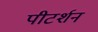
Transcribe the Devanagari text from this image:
पीटर्शन